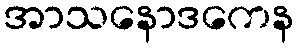
အာသနောဒကေန